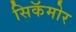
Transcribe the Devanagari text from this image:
सिकॅमोर